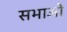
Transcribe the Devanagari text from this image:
सभाओ